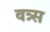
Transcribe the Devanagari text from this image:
वत्र्स